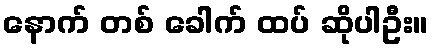
နောက် တစ် ခေါက် ထပ် ဆိုပါဦး။